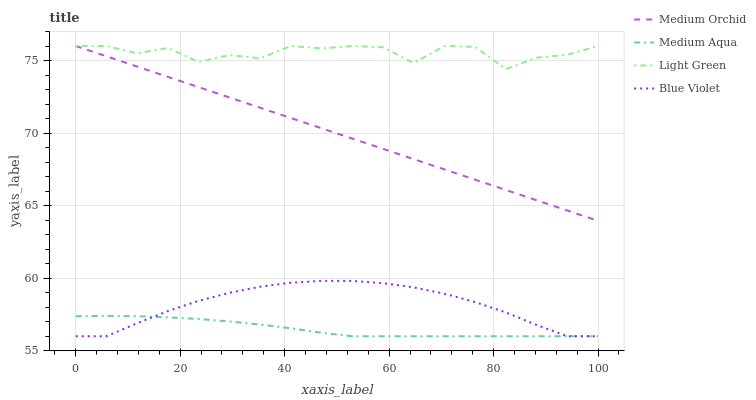
| xaxis_label | Medium Orchid | Medium Aqua | Light Green | Blue Violet |
 | --- | --- | --- | --- | --- |
 | 0 | 76 | 57.4 | 76 | 56 |
 | 5.88 | 75.3 | 57.4 | 76 | 56 |
 | 11.8 | 74.6 | 57.4 | 75.5 | 56.9 |
 | 17.6 | 73.9 | 57.3 | 75.9 | 57.7 |
 | 23.5 | 73.2 | 57.2 | 74.9 | 58.4 |
 | 29.4 | 72.5 | 57 | 75.4 | 59 |
 | 35.3 | 71.7 | 56.8 | 75.1 | 59.4 |
 | 41.2 | 71 | 56.5 | 76 | 59.7 |
 | 47.1 | 70.3 | 56.2 | 75.8 | 59.8 |
 | 52.9 | 69.6 | 56 | 76 | 59.8 |
 | 58.8 | 68.9 | 56 | 75.9 | 59.7 |
 | 64.7 | 68.2 | 56 | 74.8 | 59.4 |
 | 70.6 | 67.5 | 56 | 76 | 58.9 |
 | 76.5 | 66.8 | 56 | 75.9 | 58.4 |
 | 82.4 | 66.1 | 56 | 74.4 | 57.6 |
 | 88.2 | 65.4 | 56 | 75.2 | 56.8 |
 | 94.1 | 64.7 | 56 | 75.4 | 56 |
 | 100 | 64 | 56 | 76 | 56 |